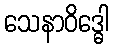
သေနာဝိဒ္ဓေါ